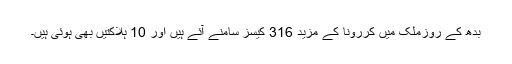
بدھ کے روزملک میں کررونا کے مزید 316 کیسز سامنے آئے ہیں اور 10 ہلاکتیں بھی ہوئی ہیں۔